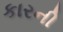
કારની